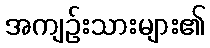
အကျဉ်းသားများ၏